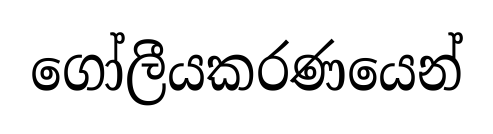
ගෝලීයකරණයෙන්